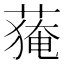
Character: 𱾘